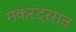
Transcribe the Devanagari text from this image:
मकरंदस्राव